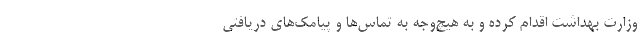
وزارت بهداشت اقدام کرده و به‌ هیچ‌وجه به تماس‌ها و پیامک‌های دریافتی